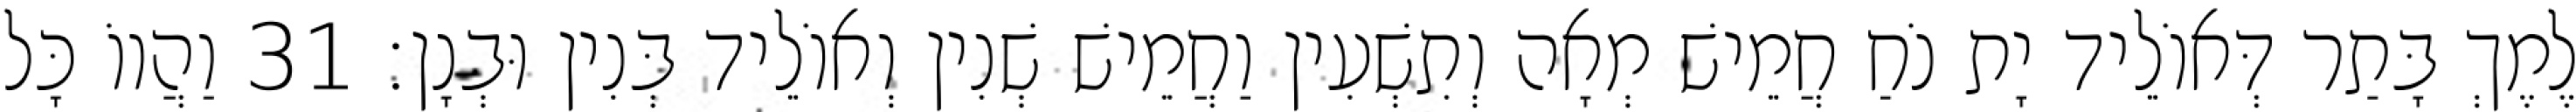
לֶמֶךְ בָּתַר דְּאוֹלֵיד יָת נֹחַ חֲמֵישׁ מְאָה וְתִשְׁעִין וַחֲמֵישׁ שְׁנִין וְאוֹלֵיד בְּנִין וּבְנָן׃ 31 וַהֲווֹ כָּל